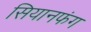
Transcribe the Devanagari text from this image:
सियानफंग